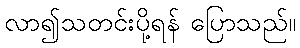
လာ၍သတင်းပို့ရန် ပြောသည်။